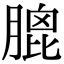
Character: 膍